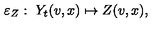
\varepsilon _ { Z } : \ Y _ { t } ( v , x ) \mapsto Z ( v , x ) ,